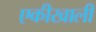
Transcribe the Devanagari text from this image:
एकीखाली